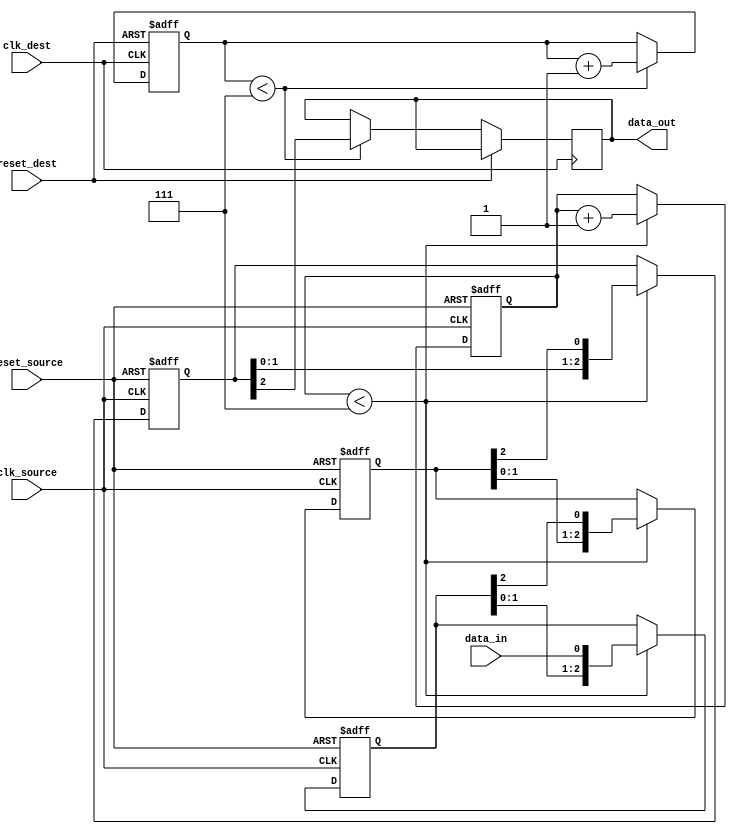
module BurstSynchronizer (
    input wire clk_source,
    input wire reset_source,
    input wire clk_dest,
    input wire reset_dest,
    input wire data_in,
    output reg data_out
);

reg [2:0] stage1_data;
reg [2:0] stage2_data;
reg [2:0] stage3_data;

reg [2:0] source_clk_count;
reg [2:0] dest_clk_count;

always @(posedge clk_source or posedge reset_source) begin
    if (reset_source) begin
        stage1_data <= 3'b000;
        stage2_data <= 3'b000;
        stage3_data <= 3'b000;
        source_clk_count <= 3'b000;
    end else begin
        if (source_clk_count < 3'b111) begin
            source_clk_count <= source_clk_count + 1;
            stage1_data <= {stage1_data[1:0], data_in};
            stage2_data <= {stage2_data[1:0], stage1_data[2]};
            stage3_data <= {stage3_data[1:0], stage2_data[2]};
        end
    end
end

always @(posedge clk_dest or posedge reset_dest) begin
    if (reset_dest) begin
        dest_clk_count <= 3'b000;
    end else begin
        if (dest_clk_count < 3'b111) begin
            dest_clk_count <= dest_clk_count + 1;
            data_out <= stage3_data[2];
        end
    end
end

endmodule